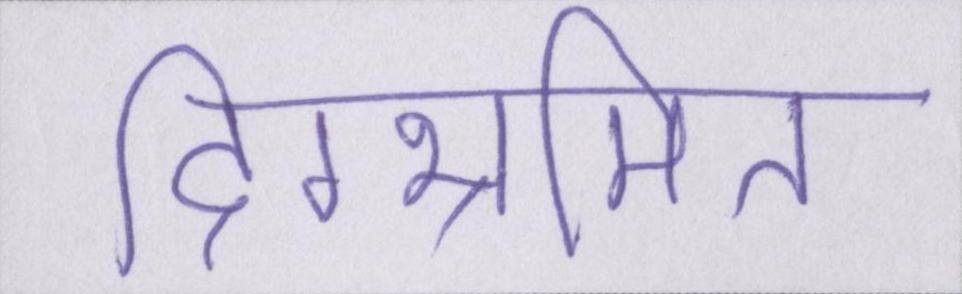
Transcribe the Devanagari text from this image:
दिग्भ्रमित